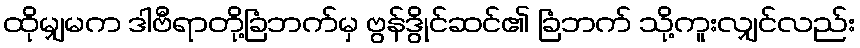
ထိုမျှမက ဒါဗီရာတို့ခြံဘက်မှ ဗွန်ဒွိုင်ဆင်၏ ခြံဘက် သို့ကူးလျှင်လည်း